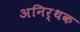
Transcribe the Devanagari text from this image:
अनिर्थक